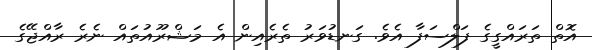
އޮތް ތަރައްގީގެ ފަލްސަފާ އެވެ. ގަނޑުވަރު ތެެރެއިން އެ މަޝްރޫއުތައް ނެރެ ރާއްޖޭގެ